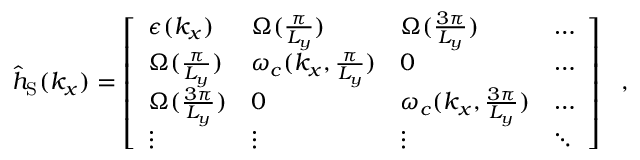
\begin{array} { r } { { \hat { h } } _ { \mathrm { S } } ( { k _ { x } } ) = \left[ \begin{array} { l l l l } { \epsilon ( k _ { x } ) } & { { \Omega } ( \frac { \pi } { L _ { y } } ) } & { { \Omega } ( \frac { 3 \pi } { L _ { y } } ) } & { \hdots } \\ { { \Omega } ( \frac { \pi } { L _ { y } } ) } & { \omega _ { c } ( { k _ { x } , \frac { \pi } { L _ { y } } } ) } & { 0 } & { \hdots } \\ { { \Omega } ( \frac { 3 \pi } { L _ { y } } ) } & { 0 } & { \omega _ { c } ( { k _ { x } , \frac { 3 \pi } { L _ { y } } } ) } & { \hdots } \\ { \vdots } & { \vdots } & { \vdots } & { \ddots } \end{array} \right] ~ ~ , } \end{array}